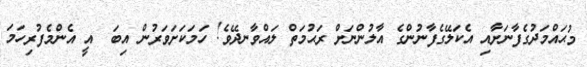
މުޙައްމަދުގެފާނަށާއި އެކަލޭގެފާނުންގެ އާލުންނަށް ރަޙުމަތް ލައްވާނދޭވެ! ހަމަކަށަވަރުން އިބަ  އީ އެންމެފުރިހަމަ